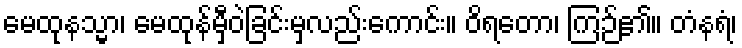
မေထုနသ္မာ၊ မေထုန်မှီဝဲခြင်းမှလည်းကောင်း။ ဝိရတော၊ ကြဉ်၏။ တံနရံ၊